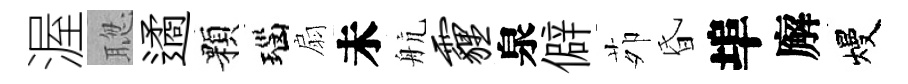
渥聦遹顆瑙扇未航霾泉僻茆昏埠廨熳